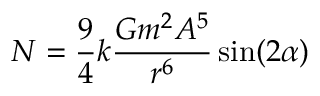
N = { \frac { 9 } { 4 } } k { \frac { G m ^ { 2 } A ^ { 5 } } { r ^ { 6 } } } \sin ( 2 \alpha )